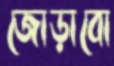
জোড়াবো